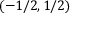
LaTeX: \left( - 1 / 2 , 1 / 2 \right)